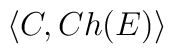
\langle C , Ch (E) \rangle